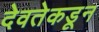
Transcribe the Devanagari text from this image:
देवतेकडून